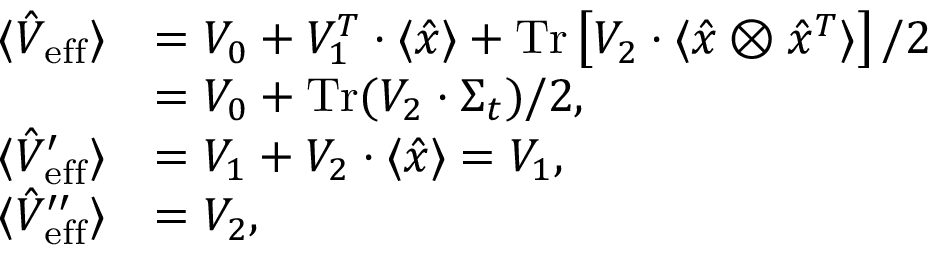
\begin{array} { r l } { \langle \hat { V } _ { \mathrm { e f f } } \rangle } & { = V _ { 0 } + V _ { 1 } ^ { T } \cdot \langle \hat { x } \rangle + \operatorname { T r } \left[ V _ { 2 } \cdot \langle \hat { x } \otimes \hat { x } ^ { T } \rangle \right] / 2 } \\ & { = V _ { 0 } + \operatorname { T r } ( V _ { 2 } \cdot \Sigma _ { t } ) / 2 , } \\ { \langle \hat { V } _ { \mathrm { e f f } } ^ { \prime } \rangle } & { = V _ { 1 } + V _ { 2 } \cdot \langle \hat { x } \rangle = V _ { 1 } , } \\ { \langle \hat { V } _ { \mathrm { e f f } } ^ { \prime \prime } \rangle } & { = V _ { 2 } , } \end{array}